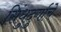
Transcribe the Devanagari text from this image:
सिंधुदुर्गाचे